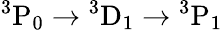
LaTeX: {}^{3}\mathrm{P}_{0}\rightarrow{}^{3}\mathrm{D}_{1}\rightarrow{}^{3}\mathrm{P}_{1}